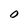
Character: O